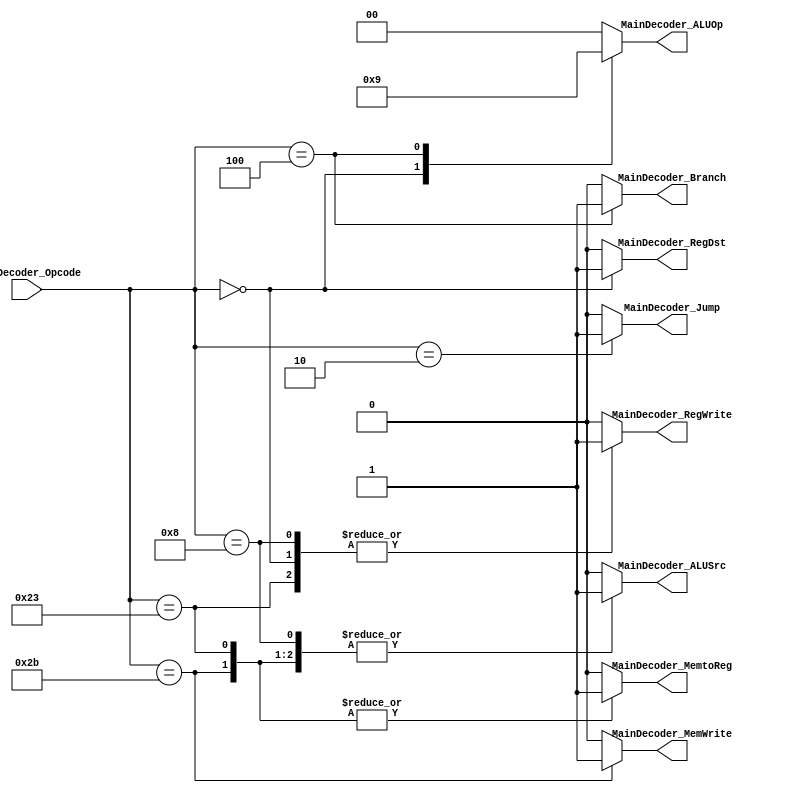
// TYPE: module
// DEPARTMENT: communication and electronics department
// AUTHOR EMAIL: mina.hannaone@gmail.com
//------------------------------------------------
// Release history
// VERSION DATE AUTHOR DESCRIPTION
// 1.0 10/7/2022 Mina Hanna final version
//------------------------------------------------
// KEYWORDS: main decoder, control unit
//------------------------------------------------
// PURPOSE: main decoder of the control unit of the 32 bit mips\
///////////////defining input and output ports//////////
module Main_Decoder (
  input     wire     [5:0]     MainDecoder_Opcode,
  output    reg                MainDecoder_MemtoReg,
  output    reg                MainDecoder_MemWrite,
  output    reg                MainDecoder_Branch,
  output    reg                MainDecoder_ALUSrc,
  output    reg                MainDecoder_RegDst,
  output    reg                MainDecoder_RegWrite,
  output    reg                MainDecoder_Jump,
  output    reg      [1:0]     MainDecoder_ALUOp);
  
  ////////////////combinational logic//////////////////
  always@(*)
  begin
    case(MainDecoder_Opcode)
      6'b100011 : begin//Load Word
                  MainDecoder_MemtoReg = 1'b1;
                  MainDecoder_MemWrite = 1'b0;
                  MainDecoder_Branch   = 1'b0;
                  MainDecoder_ALUSrc   = 1'b1;
                  MainDecoder_RegDst   = 1'b0;
                  MainDecoder_RegWrite = 1'b1;
                  MainDecoder_Jump     = 1'b0;
                  MainDecoder_ALUOp    = 2'b00;
                  end
      6'b101011 : begin//store WORD
                  MainDecoder_MemtoReg = 1'b1;
                  MainDecoder_MemWrite = 1'b1;
                  MainDecoder_Branch   = 1'b0;
                  MainDecoder_ALUSrc   = 1'b1;
                  MainDecoder_RegDst   = 1'b0;
                  MainDecoder_RegWrite = 1'b0;
                  MainDecoder_Jump     = 1'b0;
                  MainDecoder_ALUOp    = 2'b00;
                  end
      6'b000000 : begin//rtype
                  MainDecoder_MemtoReg = 1'b0;
                  MainDecoder_MemWrite = 1'b0;
                  MainDecoder_Branch   = 1'b0;
                  MainDecoder_ALUSrc   = 1'b0;
                  MainDecoder_RegDst   = 1'b1;
                  MainDecoder_RegWrite = 1'b1;
                  MainDecoder_Jump     = 1'b0;
                  MainDecoder_ALUOp    = 2'b10;
                  end
      6'b001000 : begin//add immediate
                  MainDecoder_MemtoReg = 1'b0;
                  MainDecoder_MemWrite = 1'b0;
                  MainDecoder_Branch   = 1'b0;
                  MainDecoder_ALUSrc   = 1'b1;
                  MainDecoder_RegDst   = 1'b0;
                  MainDecoder_RegWrite = 1'b1;
                  MainDecoder_Jump     = 1'b0;
                  MainDecoder_ALUOp    = 2'b00;
                  end
      6'b000100 : begin//branch if equal
                  MainDecoder_MemtoReg = 1'b0;
                  MainDecoder_MemWrite = 1'b0;
                  MainDecoder_Branch   = 1'b1;
                  MainDecoder_ALUSrc   = 1'b0;
                  MainDecoder_RegDst   = 1'b0;
                  MainDecoder_RegWrite = 1'b0;
                  MainDecoder_Jump     = 1'b0;
                  MainDecoder_ALUOp    = 2'b01;
                  end
      6'b000010 : begin//jump instruction
                  MainDecoder_MemtoReg = 1'b0;
                  MainDecoder_MemWrite = 1'b0;
                  MainDecoder_Branch   = 1'b0;
                  MainDecoder_ALUSrc   = 1'b0;
                  MainDecoder_RegDst   = 1'b0;
                  MainDecoder_RegWrite = 1'b0;
                  MainDecoder_Jump     = 1'b1;
                  MainDecoder_ALUOp    = 2'b00;
                  end
      default   : begin
                  MainDecoder_MemtoReg = 1'b0;
                  MainDecoder_MemWrite = 1'b0;
                  MainDecoder_Branch   = 1'b0;
                  MainDecoder_ALUSrc   = 1'b0;
                  MainDecoder_RegDst   = 1'b0;
                  MainDecoder_RegWrite = 1'b0;
                  MainDecoder_Jump     = 1'b0;
                  MainDecoder_ALUOp    = 2'b00;
                  end
    endcase
  end
endmodule